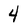
Character: 4